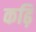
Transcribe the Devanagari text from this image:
कढ़ि